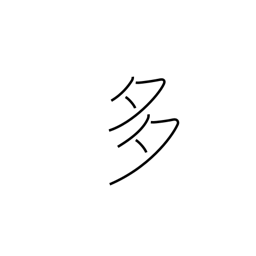
Meaning: frequent